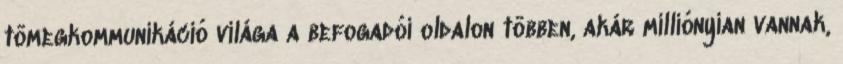
tömegkommunikáció világa a befogadói oldalon többen, akár milliónyian vannak,